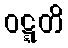
ဝဋ္ဋတိ